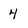
Character: 4